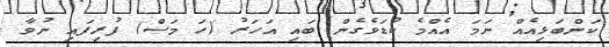
ކަންބަޅިއެއް ނަމަ އެއްމެ ކުޑަވެގެން ބައި އަހަރު (ހަ މަސް) ފުރިފައި ނުވާ